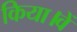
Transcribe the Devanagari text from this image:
किया।वें